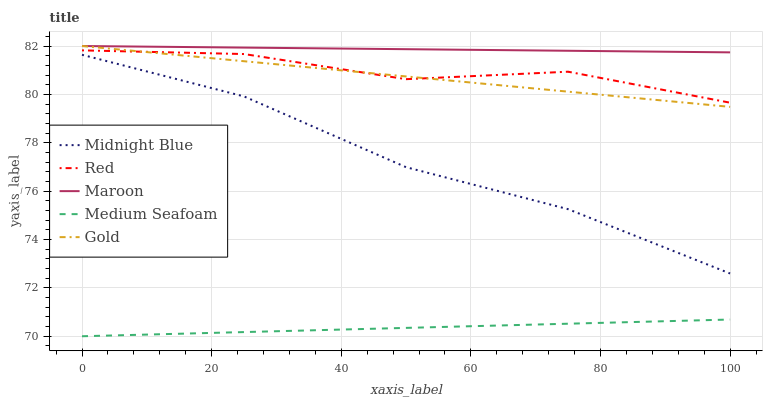
| xaxis_label | Midnight Blue | Red | Maroon | Medium Seafoam | Gold |
 | --- | --- | --- | --- | --- | --- |
 | 0 | 81.6 | 81.8 | 82 | 70 | 82 |
 | 25 | 79.9 | 81.7 | 81.9 | 70.2 | 81.4 |
 | 50 | 77 | 80.6 | 81.9 | 70.3 | 80.7 |
 | 75 | 75.3 | 80.9 | 81.8 | 70.5 | 80.1 |
 | 100 | 72.6 | 79.7 | 81.7 | 70.7 | 79.5 |